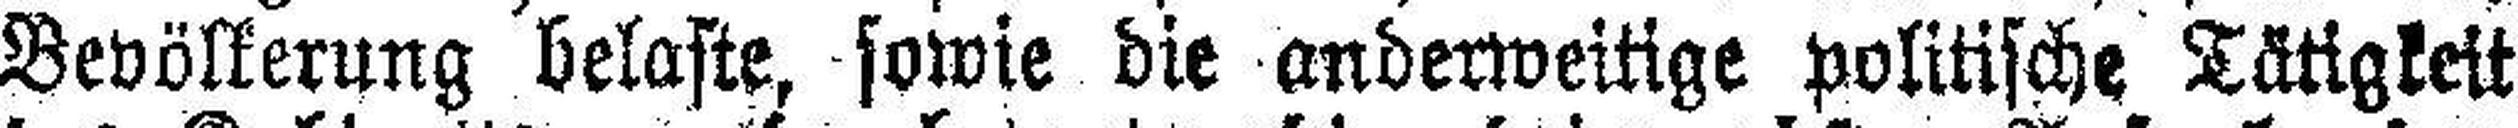
Bevölkerung belaste, sowie die anderweitige politische Tätigkeit